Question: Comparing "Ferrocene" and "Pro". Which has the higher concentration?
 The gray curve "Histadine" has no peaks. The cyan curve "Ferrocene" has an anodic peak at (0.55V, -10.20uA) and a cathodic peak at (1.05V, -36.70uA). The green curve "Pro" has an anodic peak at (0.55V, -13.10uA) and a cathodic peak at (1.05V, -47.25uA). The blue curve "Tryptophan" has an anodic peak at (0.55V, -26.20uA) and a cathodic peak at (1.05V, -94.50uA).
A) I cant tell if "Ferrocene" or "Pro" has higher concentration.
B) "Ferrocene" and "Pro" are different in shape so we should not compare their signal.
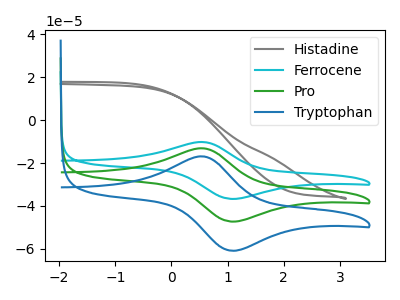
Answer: <think>All the peaks in "Ferrocene" have a peak in "Pro" at the same potential.
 </think>
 <answer>A) I cant tell if "Ferrocene" or "Pro" has higher concentration.</answer>
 <eval>A</eval>